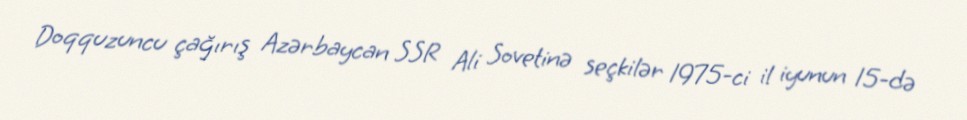
Doqquzuncu çağırış Azərbaycan SSR Ali Sovetinə seçkilər 1975-ci il iyunun 15-də